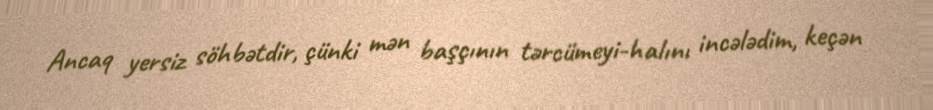
Ancaq yersiz söhbətdir, çünki mən başçının tərcümeyi-halını incələdim, keçən